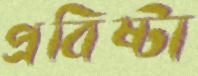
প্রবিষ্টা